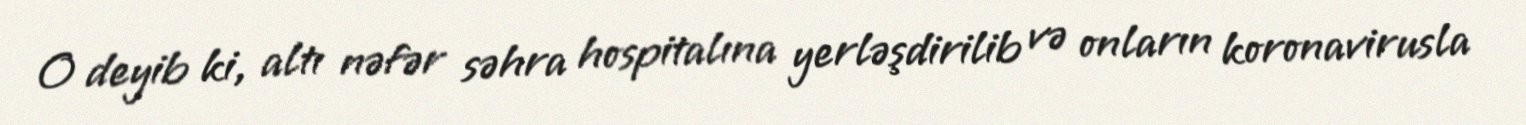
O deyib ki, altı nəfər səhra hospitalına yerləşdirilib və onların koronavirusla